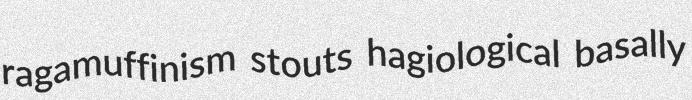
ragamuffinism stouts hagiological basally